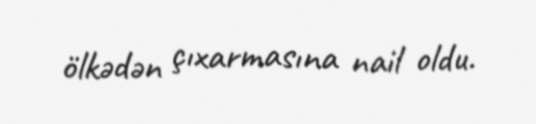
ölkədən çıxarmasına nail oldu.